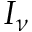
I _ { \nu }